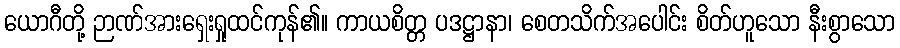
ယောဂီတို့ ဉာဏ်အားရှေးရှုထင်ကုန်၏။ ကာယစိတ္တ ပဒဋ္ဌာနာ၊ စေတသိက်အပေါင်း စိတ်ဟူသော နီးစွာသော